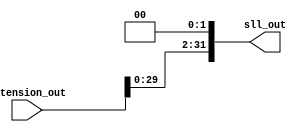
// Gabriel Coimbra - 3044
// Maria Dalila - 3030

// Modulo responsavel por fazer um shiftleft
module mShiftLogicalLeft(
	// Entrada  a 
	input wire[31:0] extension_out,
	output reg[31:0] sll_out
);

	always @ (extension_out) begin
		sll_out = extension_out << 2;
	end

endmodule